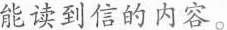
能读到信的内容。